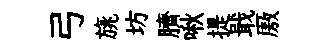
弓旐坊臍啾提戢厫